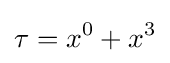
\tau =x^{0}+x^{3}